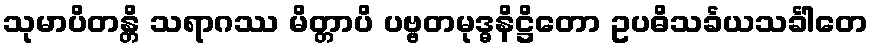
သုမာပိတန္တိ သရာဂဿ မိတ္တာပိ ပဗ္ဗတမုဒ္ဓနိဋ္ဌိတော ဥပဓိသင်္ခယသင်္ခါတေ